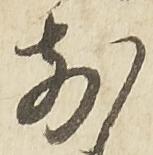
前